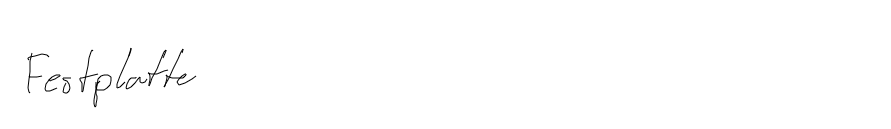
Festplatte